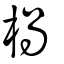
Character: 楇